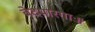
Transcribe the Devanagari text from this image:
वेदपारगाः॥